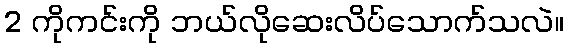
2 ကိုကင်းကို ဘယ်လိုဆေးလိပ်သောက်သလဲ။